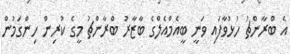
އެ ބްރާންޗު ހުޅުވާފައި ވަނީ ބީއެމްއެލްގެ ބާޒާރު ބްރާންޗު މީގެ ކުރިން ހިންގަމުން